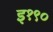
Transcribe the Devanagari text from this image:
इ१९०